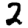
Digit: 2